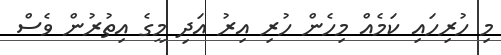
މި ހުރިހައި ކަމެއް މިހެން ހުރި އިރު އަދި މީގެ އިތުރުން ވެސް